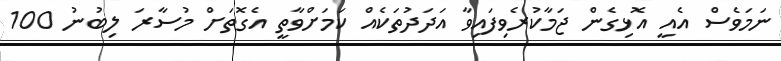
ނަމަވެސް އެއީ އޮޅިގެން ޖަމާކުރެވިފައިވާ އަދަދުތަކެއް ކަމަށްވާތީ އެގޮތަށް މުސާރަ ލިބުނު 100